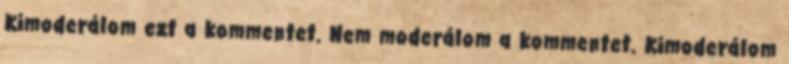
Kimoderálom ezt a kommentet. Nem moderálom a kommentet. Kimoderálom